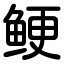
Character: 鲠